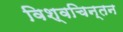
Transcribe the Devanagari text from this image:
विश्वचिन्तन